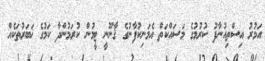
އަމުރު އިސްތިއުނާފު ކުރުމުގެ މަސައްކަތް އެމަނިކުފާނުގެ ޤާނޫނީ ޓީމުން ކުރަމުންދާ ކަމުގެ ޚަބަރުތަކެއް